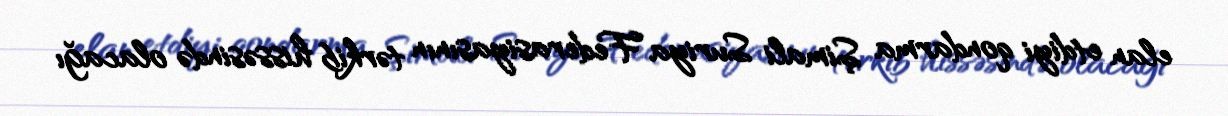
elan etdiyi qondarma Şimali Suriya Federasiyasının tərkib hissəsində olacağı